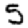
Digit: 5